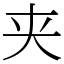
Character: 夹